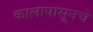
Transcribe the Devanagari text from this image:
कालापासूनचे